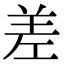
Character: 差